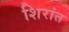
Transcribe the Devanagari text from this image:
शिरांत